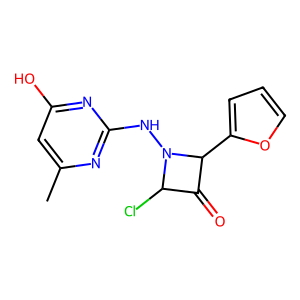
SMILES: Cc1cc(O)nc(NN2C(Cl)C(=O)C2c2ccco2)n1
Inhibits HIV replication: No